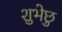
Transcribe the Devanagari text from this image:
शुभेछु